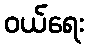
ဝယ်ရေး